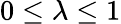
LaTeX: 0\le\lambda\le 1